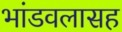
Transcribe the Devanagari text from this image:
भांडवलासह